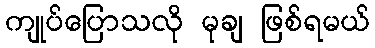
ကျုပ်ပြောသလို မုချ ဖြစ်ရမယ်